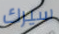
سيرك